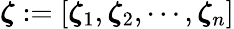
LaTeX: \boldsymbol\zeta:=\left[\boldsymbol\zeta_{1},\boldsymbol\zeta_{2},\cdots,\boldsymbol\zeta_{n}\right]